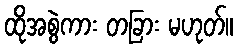
ထိုအစွဲကား တခြား မဟုတ်။